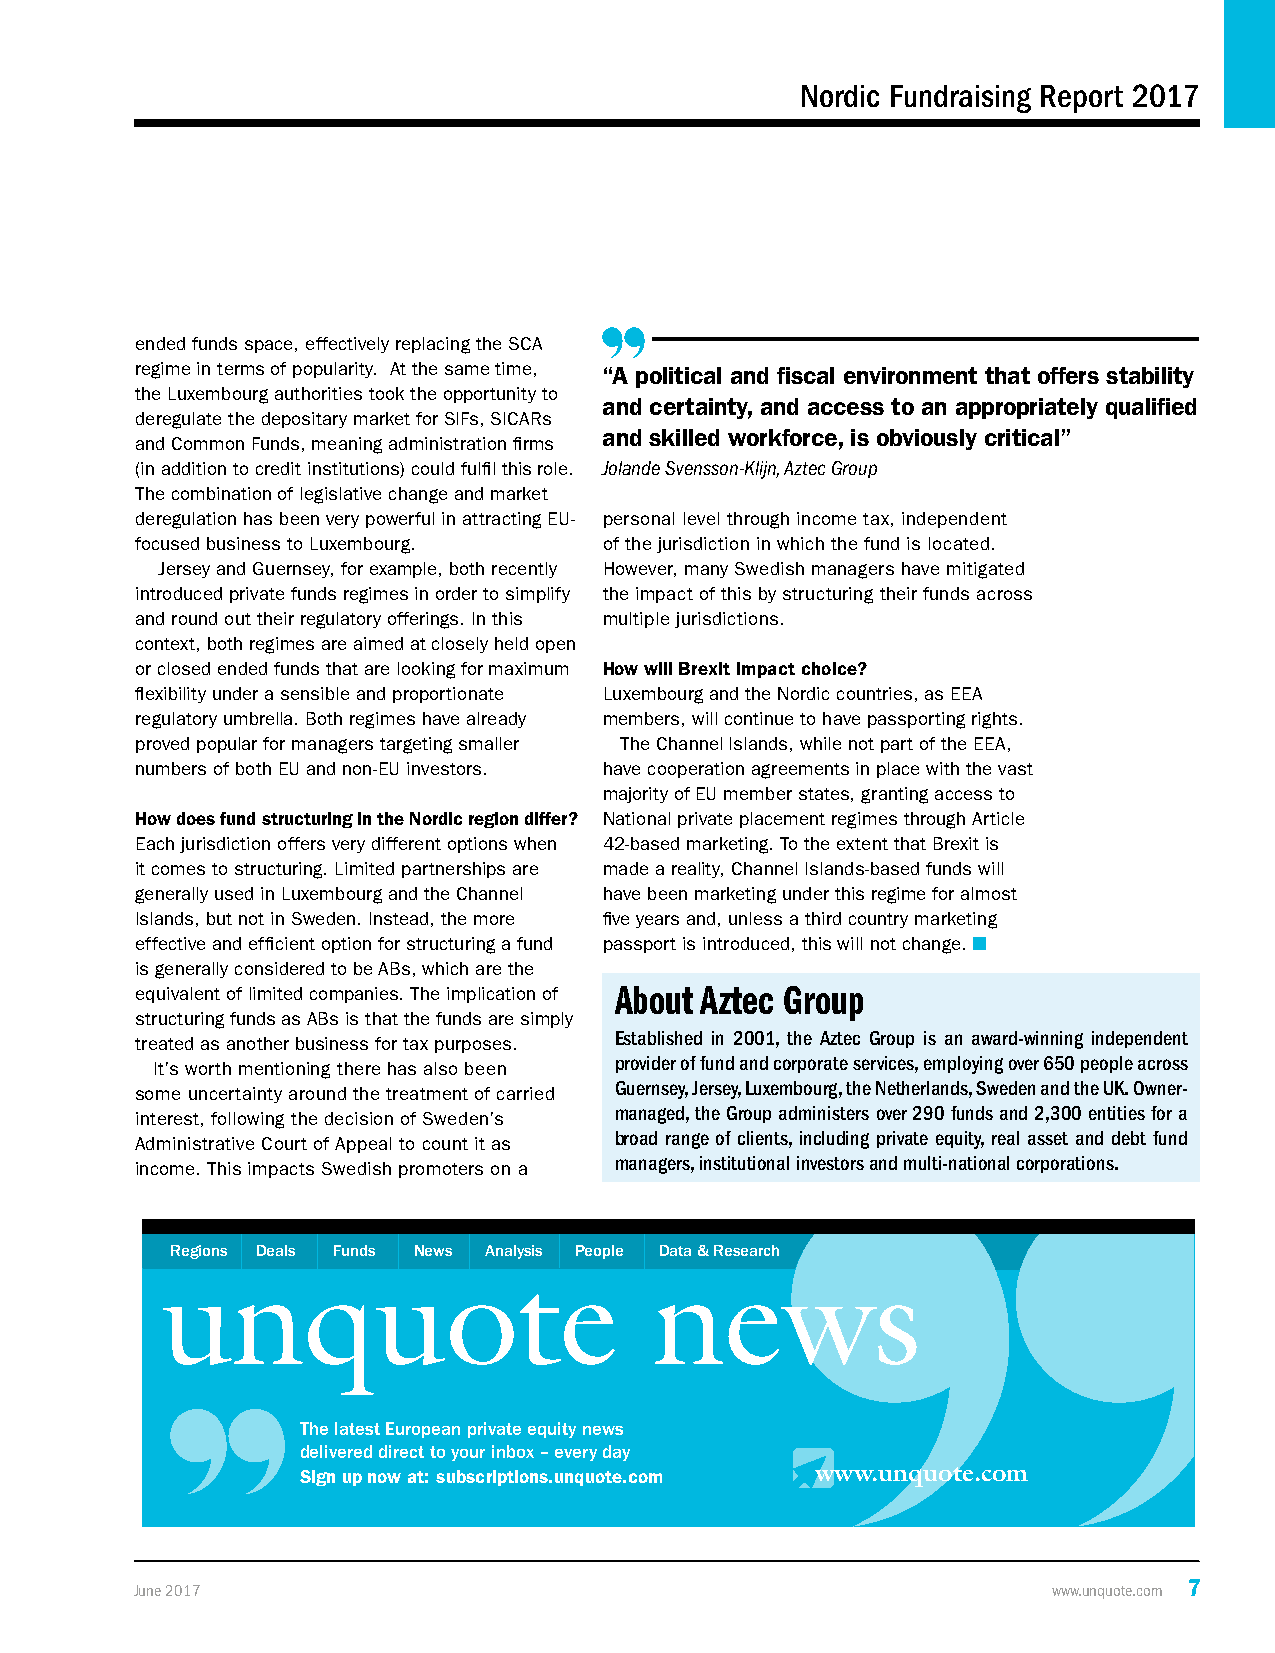
Nordic Fundraising Report 2017
 ended funds space, effectively replacing the SCA
 regime in terms of popularity. At the same time, “A political and fiscal environment that offers stability
 the Luxembourg authorities took the opportunity to
 and certainty, and access to an appropriately qualified
 deregulate the depositary market for SIFs, SICARs
 and skilled workforce, is obviously critical”
 and Common Funds, meaning administration firms
 (in addition to credit institutions) could fulfil this role. Jolande Svensson-Klijn, Aztec Group
 The combination of legislative change and market
 deregulation has been very powerful in attracting EU- personal level through income tax, independent
 focused business to Luxembourg. of the jurisdiction in which the fund is located.
 Jersey and Guernsey, for example, both recently However, many Swedish managers have mitigated
 introduced private funds regimes in order to simplify the impact of this by structuring their funds across
 and round out their regulatory offerings. In this multiple jurisdictions.
 context, both regimes are aimed at closely held open
 or closed ended funds that are looking for maximum How will Brexit impact choice?
 flexibility under a sensible and proportionate Luxembourg and the Nordic countries, as EEA
 regulatory umbrella. Both regimes have already members, will continue to have passporting rights.
 proved popular for managers targeting smaller The Channel Islands, while not part of the EEA,
 numbers of both EU and non-EU investors. have cooperation agreements in place with the vast
 majority of EU member states, granting access to
 How does fund structuring in the Nordic region differ? National private placement regimes through Article
 Each jurisdiction offers very different options when 42-based marketing. To the extent that Brexit is
 it comes to structuring. Limited partnerships are made a reality, Channel Islands-based funds will
 generally used in Luxembourg and the Channel have been marketing under this regime for almost
 Islands, but not in Sweden. Instead, the more five years and, unless a third country marketing
 effective and efficient option for structuring a fund passport is introduced, this will not change. n
 is generally considered to be ABs, which are the
 equivalent of limited companies. The implication of About Aztec Group
 structuring funds as ABs is that the funds are simply
 Established in 2001, the Aztec Group is an award-winning independent
 treated as another business for tax purposes.
 provider of fund and corporate services, employing over 650 people across
 It’s worth mentioning there has also been
 Guernsey, Jersey, Luxembourg, the Netherlands, Sweden and the UK. Owner-
 some uncertainty around the treatment of carried
 managed, the Group administers over 290 funds and 2,300 entities for a
 interest, following the decision of Sweden’s
 broad range of clients, including private equity, real asset and debt fund
 Administrative Court of Appeal to count it as
 managers, institutional investors and multi-national corporations.
 income. This impacts Swedish promoters on a
 Regions Deals Funds News Analysis People Data & Research
 unquote                         news
 The latest European private equity news
 delivered direct to your inbox – every day
 Sign up now at: subscriptions.unquote.com www.unquote.com
 June 2017                                                    www.unquote.com 7